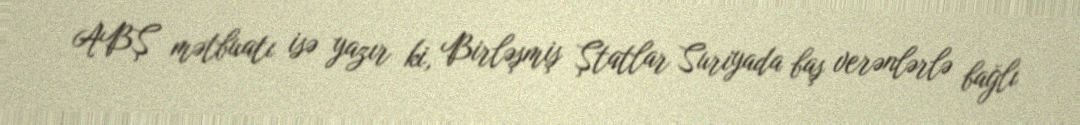
ABŞ mətbuatı isə yazır ki, Birləşmiş Ştatlar Suriyada baş verənlərlə bağlı